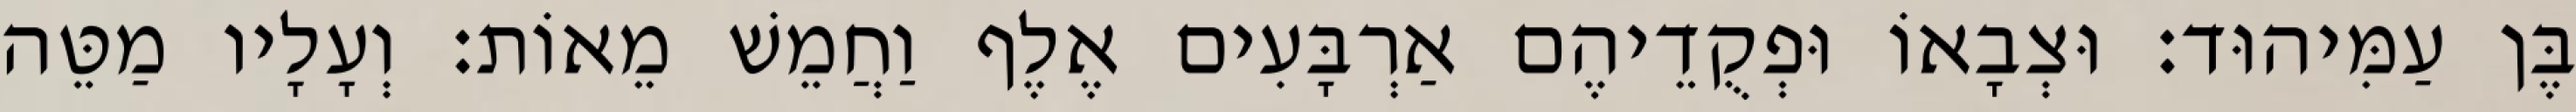
בֶּן עַמִּיהוּד׃ וּצְבָאוֹ וּפְקֻדֵיהֶם אַרְבָּעִים אֶלֶף וַחֲמֵשׁ מֵאוֹת׃ וְעָלָיו מַטֵּה